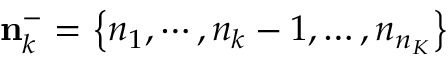
\mathbf { n } _ { k } ^ { - } = \left\{ { { n } _ { 1 } } , \cdots , { { n } _ { k } } - 1 , \ldots , { { n } _ { { { n } _ { K } } } } \right\}